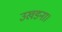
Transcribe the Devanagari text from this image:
उखडना।